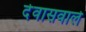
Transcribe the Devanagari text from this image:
देवासवाले